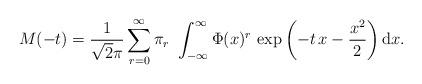
LaTeX: \begin{align*}M(-t)=\frac{1}{\sqrt 2\pi}\sum_{r=0}^\infty \pi_r\,\,\int_{-\infty}^{\infty}\Phi(x)^r\,\exp\left(-t\,x-\frac{x^2}{2}\right)\mathrm{d}x.\end{align*}